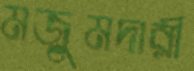
মজুমদারী